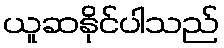
ယူဆနိုင်ပါသည်